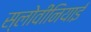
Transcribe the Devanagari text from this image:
स्लोवीनियाई